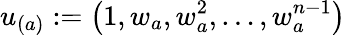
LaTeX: u_{(a)}:=\left(1,w_{a},w_{a}^{2},\ldots,w_{a}^{n-1}\right)